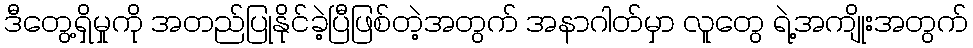
ဒီတွေ့ရှိမှုကို အတည်ပြုနိုင်ခဲ့ပြီဖြစ်တဲ့အတွက် အနာဂါတ်မှာ လူတွေ ရဲ့အကျိုးအတွက်